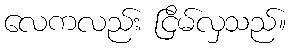
လေကလည်း ငြိမ်လှသည်။